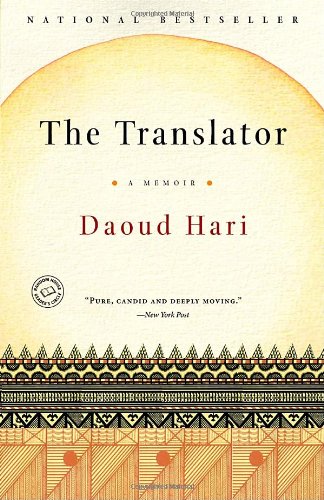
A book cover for The Translator: A Memoir; Daoud Hari; Biographies & Memoirs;